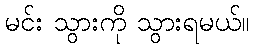
မင်း သွားကို သွားရမယ်။